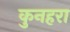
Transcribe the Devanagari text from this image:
कुनहरा